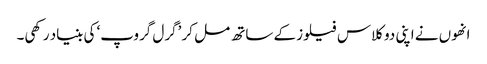
انھوں نے اپنی دو کلاس فیلوز کے ساتھ مل کر ’گرل گروپ‘ کی بنیاد رکھی۔